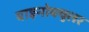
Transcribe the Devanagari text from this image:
बाइनोक्युलर